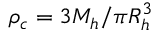
\rho _ { c } = 3 M _ { h } / \pi R _ { h } ^ { 3 }